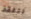
نتفقد